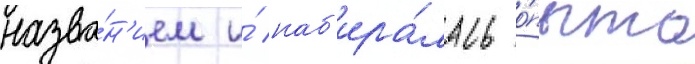
назва́н'ием и́ наб'ира́лась о́пыта